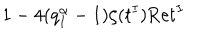
LaTeX: \, 1 - 4 ( q _ { I } ^ { \alpha } - 1 ) \zeta ( t ^ { I } ) \mathrm { R e } t ^ { I } \,